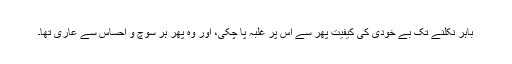
باہر نکلنے تک بے خودی کی کیفیت پھر سے اس پر غلبہ پا چکی، اور وہ پھر ہر سوچ و احساس سے عاری تھا۔